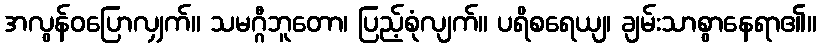
အလွန်ဝပြောလျှက်။ သမဂ္ဂီဘူတော၊ ပြည့်စုံလျက်။ ပရိစရေယျ၊ ချမ်းသာစွာနေရာ၏။